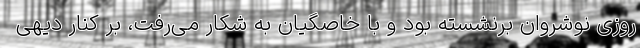
روزی نوشروان برنشسته بود و با خاصگیان به شکار می‌رفت، بر کنار دیهی